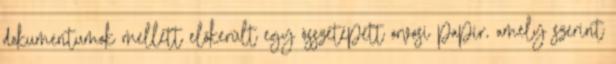
dokumentumok mellett előkerült egy összetépett orvosi papír, amely szerint